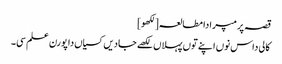
قصہ پرمپرا دا مطالعہ[لکھو]
کالی داس نوں اپنے توں پہلاں لکھے جادیں کسیاں دا پورن علم سی۔